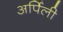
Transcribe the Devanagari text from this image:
अर्पिली